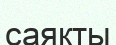
саяқты